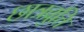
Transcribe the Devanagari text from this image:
छात्रव्रुत्ति